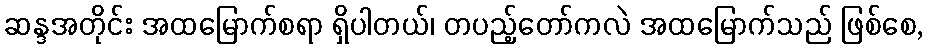
ဆန္ဒအတိုင်း အထမြောက်စရာ ရှိပါတယ်၊ တပည့်တော်ကလဲ အထမြောက်သည် ဖြစ်စေ,